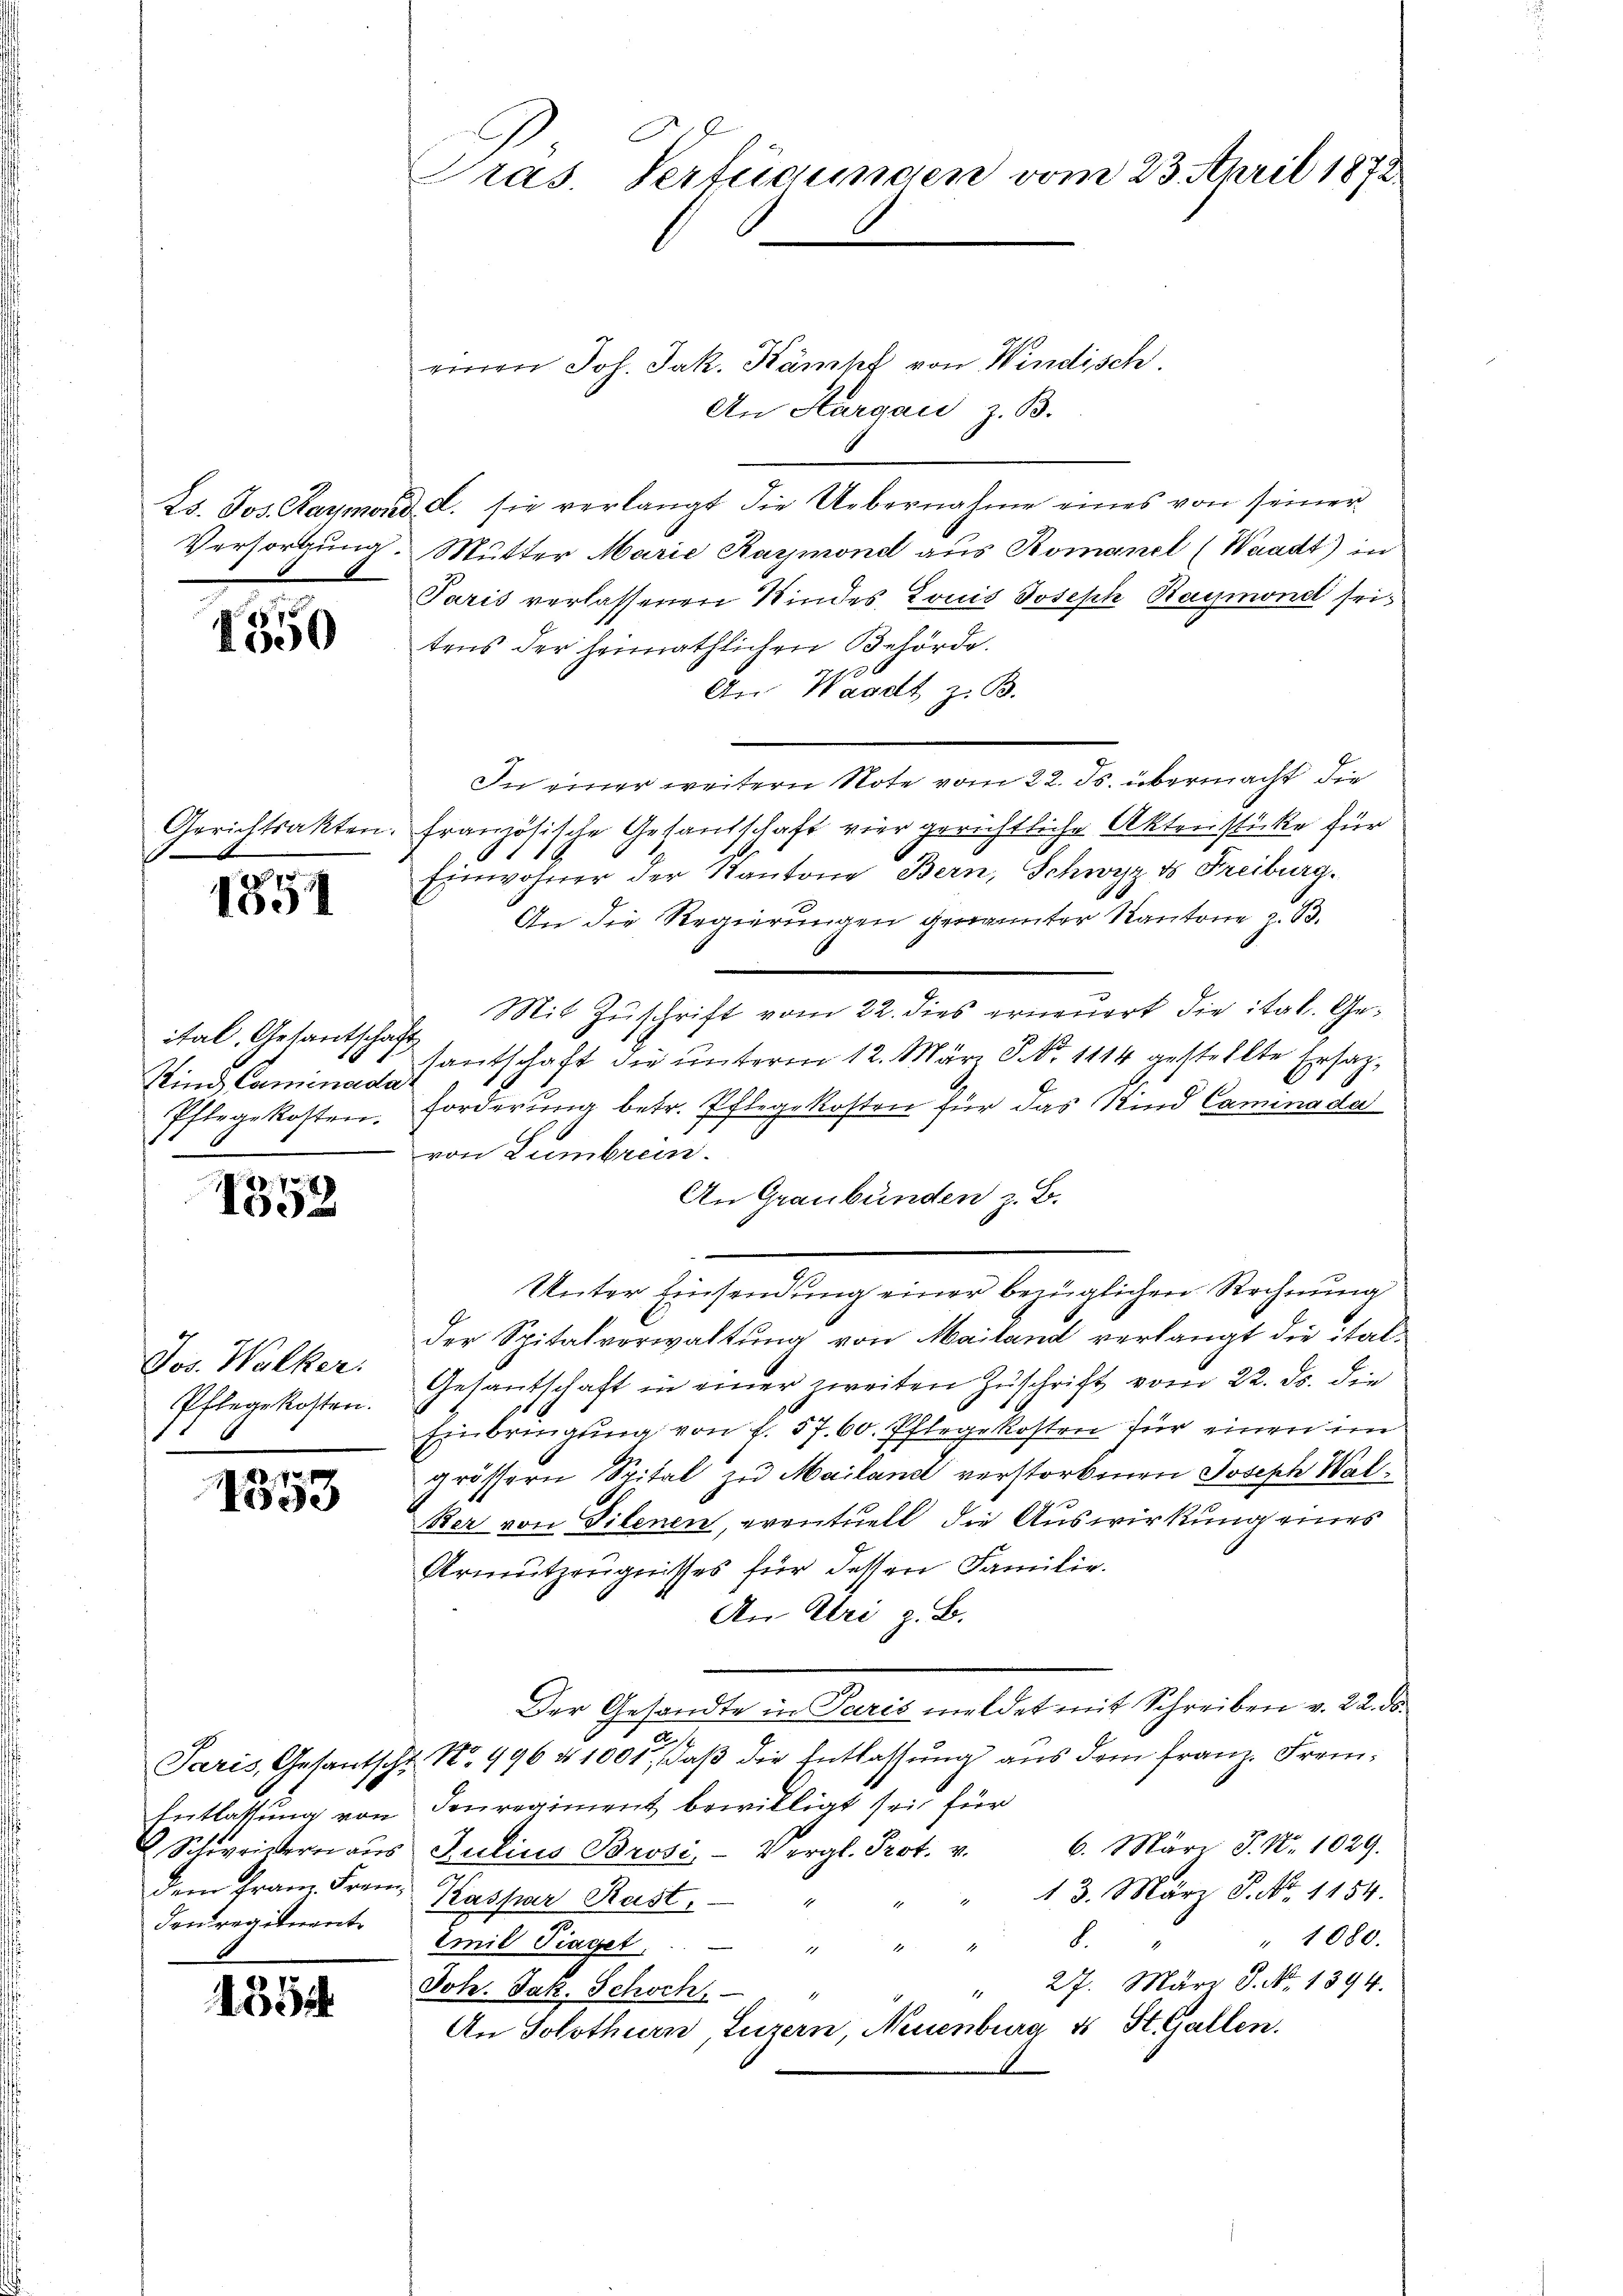
1350

Gerichtsakten.

1851

ital. Gesantschaf
Kind Caminada
Pflegekosten.
.

1352

Jos. Walker.
Pflegekosten.

1353

Schweisern aus
dauregitirante

554

Pras. Verfügungen vom 23. April 1872
.

einen Joh. Jak. Kampf von Windisch.
An Aargau, z. B.
25. Jos. Harmond d. sie verlangt die Uebernahme eines von seiner
Versorgung. Mutter Marie Karmond aus Romanel (Waadt) in
Paris verlassenen Kindes Louis Joseph Raymond seitens der heimathlichen Behörde.
An Waadt z. B.
In einer weitern Note vom 22. ds. übermacht die
französische Gesandschaft vier gerichtliche Aktenstücke für
Einwohner der Kantone Bern, Schwyz ds Freiburg.
An die Regierungen genannter Kantone z. B.
Mit Zŭschrift vom 22. dies erneuert die ital. Get
santschaft die unterm 12. März S. Nr. 1114 gestellte Ersatz¬
Forderung betr. Pflegekosten für das Kind Caminada
von Lumbrun
An Graubünden z. B.
Unter Einsendung einer bezüglichen Rechnung
der Spitalverwaltung von Mailand verlangt die ital¬
Gesantschaft in einer zweiten Zuschrift vom 22. ds. die
Einbringung von f. 57. 60. Pflegekosten für einen im
grössern Spital zu Mailand verstorbenen Joseph Walker von Gilenen, eventuell die Auswirkung eines
Urmutzeugnisses für dessen Familie.
An Uri z. B.
Der Gesandte in Paris meldet mit Schreiben v. 22. ds.
As
Paris, Gesantscht No. 496 n 1001, daß die Entlassung aus dem Franz. Frem¬
Entlassung von denregiment bewilligt sei für
Julius Brosi, Vergl. Prot. v. 6. März J. N. 1029.
dem Franz Franz Kaspar Rust
" 13. März P. Nr. 1154.
" 1080.
8
Emil Tiaget, " " "
" 27. März 8. No. 1394.
Joh. Jak. Schoch, 1 "
An Solothurn, Luzern, Neuenburg u St. Gallen.